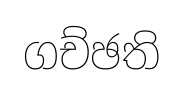
ගච්ඡති